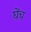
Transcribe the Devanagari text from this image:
घेंच